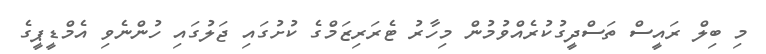
މި ބިލް ރައީސް ތަސްދީގުކުރެއްވުމުން މިހާރު ޓެރަރިޒަމްގެ ކުށުގައި ޖަލުގައި ހުންނެވި އެމްޑީޕީގެ